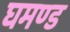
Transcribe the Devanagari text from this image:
घमण्‍ड